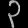
Digit: ၃